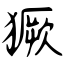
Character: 獗